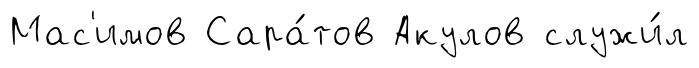
Мас'имов Сара́тов Акулов служи́л